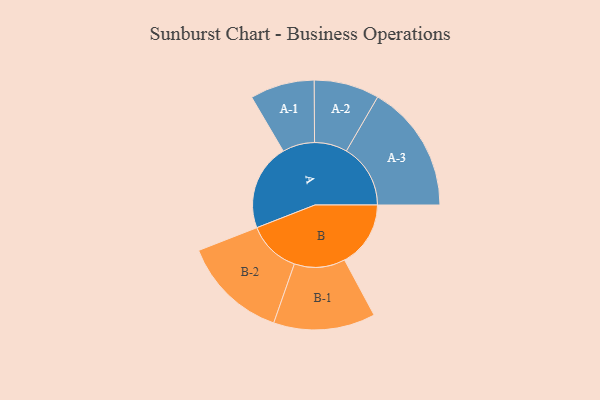
{"axis": {"x": "Segment", "y": "Value"}, "legend": ["", "A", "B"], "data": [{"x": "A", "y": 347, "type": ""}, {"x": "B", "y": 265, "type": ""}, {"x": "A-1", "y": 129, "type": "A"}, {"x": "A-2", "y": 131, "type": "A"}, {"x": "A-3", "y": 257, "type": "A"}, {"x": "B-1", "y": 204, "type": "B"}, {"x": "B-2", "y": 212, "type": "B"}]}